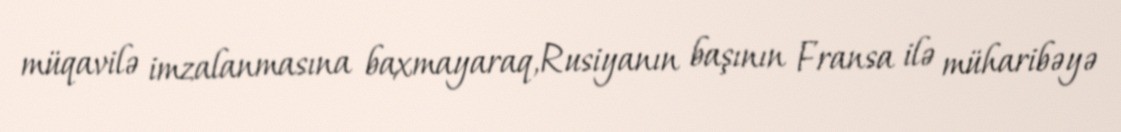
müqavilə imzalanmasına baxmayaraq,Rusiyanın başının Fransa ilə müharibəyə